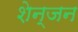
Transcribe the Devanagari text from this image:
शेन्जन